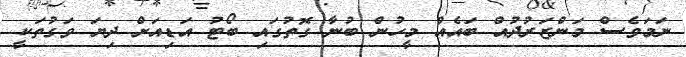
ނަމަވެސް މަންޒަރުދުއް ބައެއް މީހުން ބުނާ ގޮތުގައި ބޯޓު އަޑިއަށް ދިޔަ ވަގުތަކީ